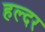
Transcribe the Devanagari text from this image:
हल्दर